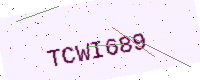
Text: TCWI689